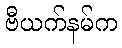
ဗီယက်နမ်က